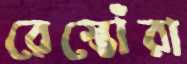
রেস্তোঁরা